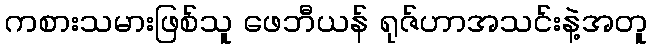
ကစားသမားဖြစ်သူ ဖေဘီယန် ရုဇ်ဟာအသင်းနဲ့အတူ